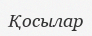
Қосылар